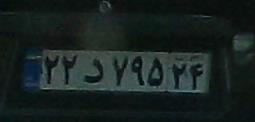
۲۲د۷۹۵۲۴